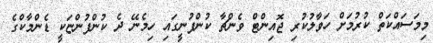
މިމަސައްކަތް ކުރުމަށް ހަވާލުކުރި ޖޮއިންޓް ވެންޗާ ކުންފުނީގައި ހިމެނޭ ދެ ކުންފުންޏަކީ ޑެންމާކްގެ